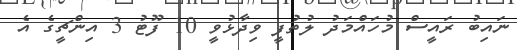
ނައިބު ރައީސް މުހައްމަދު ލުތުފީ ވިދާޅުވީ 10 ފޫޓު 3 އިންޗީގެ އެ